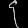
Digit: ၄